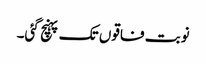
نوبت فاقوں تک پہنچ گئی۔